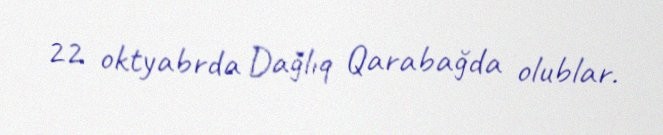
22 oktyabrda Dağlıq Qarabağda olublar.